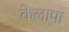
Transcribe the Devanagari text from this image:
केलापा